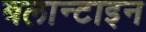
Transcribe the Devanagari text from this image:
बलान्टाइन